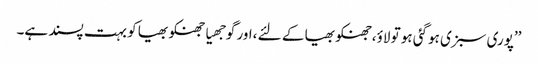
’’پوری سبزی ہوگئی ہو تو لاؤ،جھنکو بھیا کے لئے ،اور گوجھیا جھنکو بھیا کو بہت پسند ہے۔